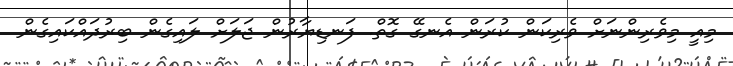
މިއީ މިވެރިންނަށް ވެރިކަން ކުރަން އެނގޭ ގޮތް. ފަނޑިޔާރުން ޖަލަށް ލައިގެން ބިރުދައްކައިގެން